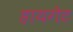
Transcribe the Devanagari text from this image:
हायगेट